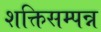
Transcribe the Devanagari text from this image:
शक्तिसम्पन्न